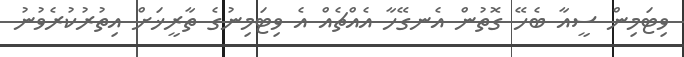
ވިޓަމިން ސީއާ ބެހޭ ގޮތުން އެނގޭހާ އެއްޗެއް އެ ވިޓަމިނުގެ ތާރީޚަށް އިތުރުކުރެވުނު